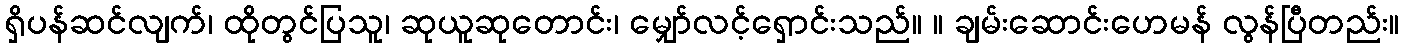
ရှိပန်ဆင်လျက်၊ ထိုတွင်ပြသူ၊ ဆုယူဆုတောင်း၊ မျှော်လင့်ရှောင်းသည်။ ။ ချမ်းဆောင်းဟေမန် လွန်ပြီတည်း။